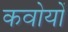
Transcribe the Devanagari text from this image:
कवोयों